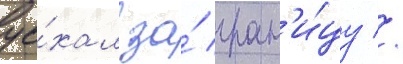
уе́хал за́ гран'и́цу //